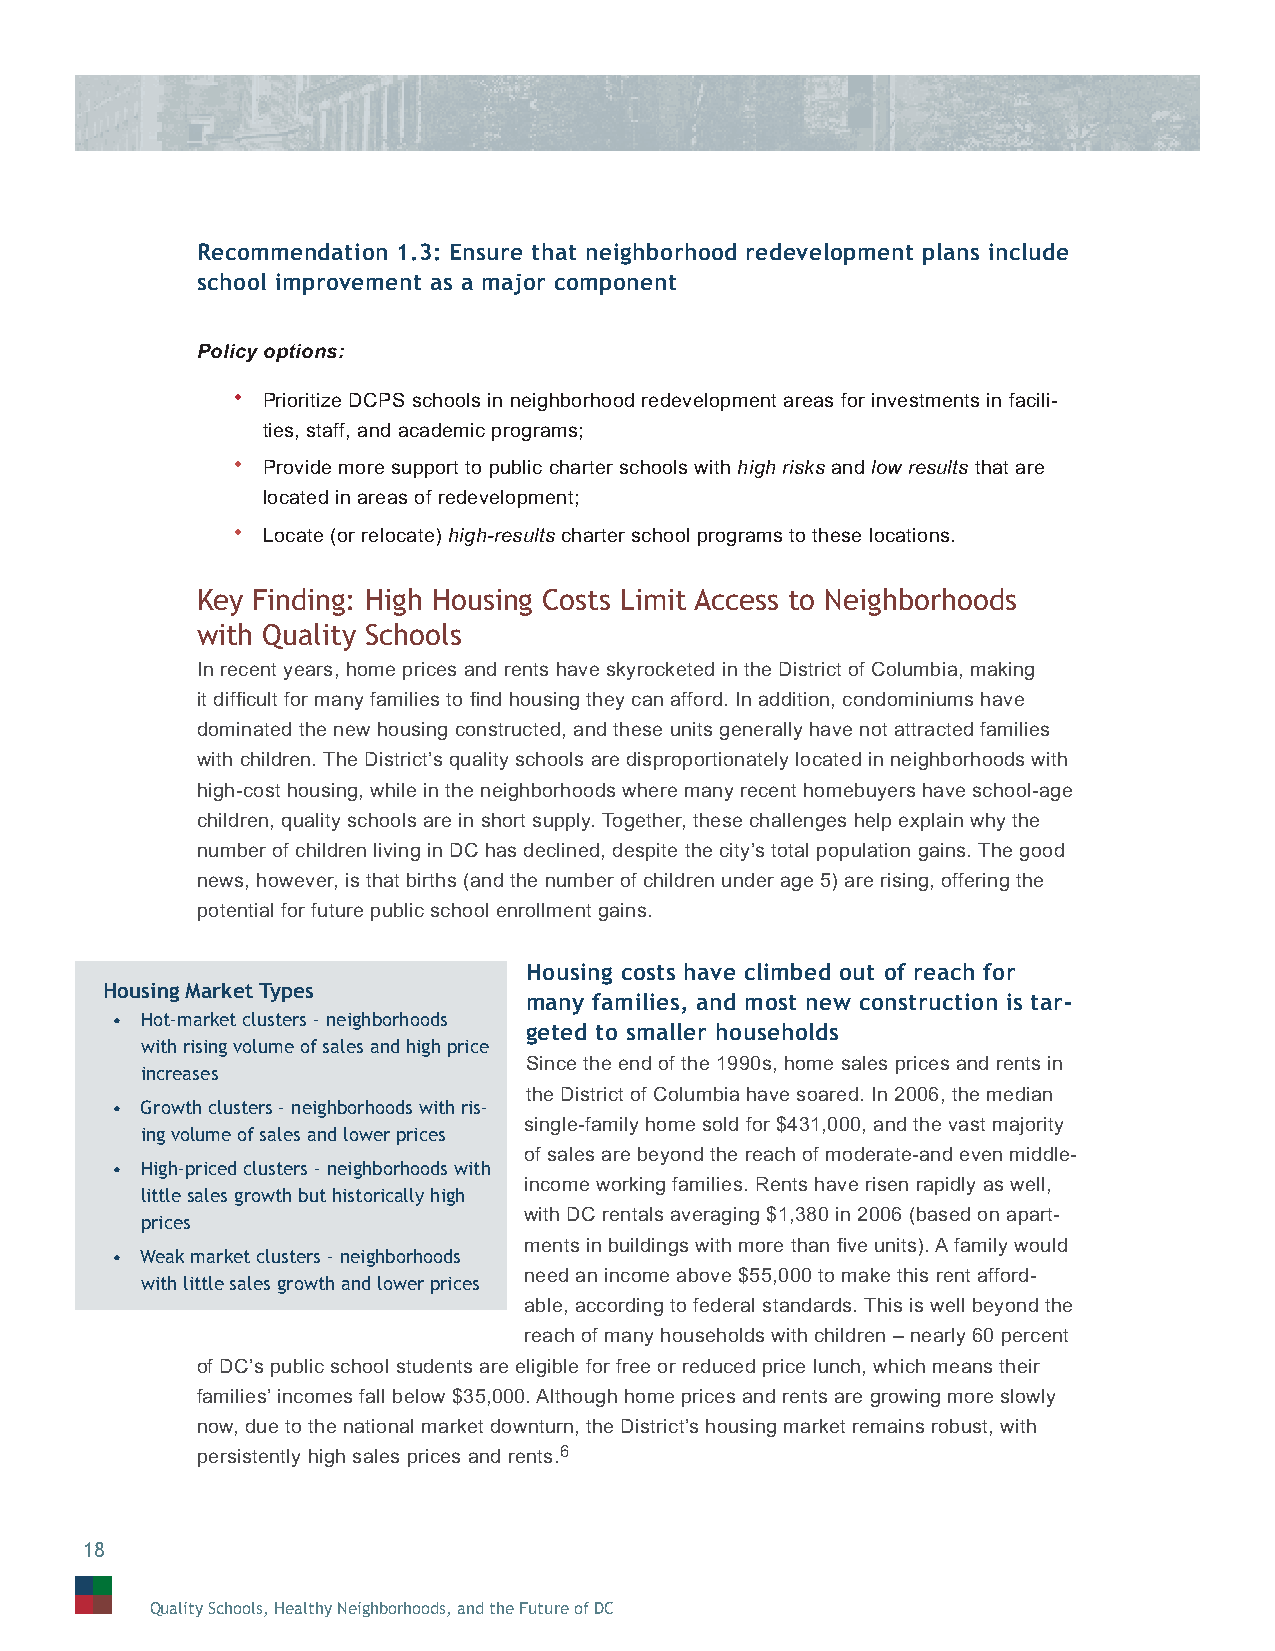
Recommendation 1.3: Ensure that neighborhood redevelopment plans include
 school improvement as a major component
 Policy options:
 • Prioritize DCPS schools in neighborhood redevelopment areas for investments in facili-
 ties, staff, and academic programs;
 • Provide more support to public charter schools with high risks and low results that are
 located in areas of redevelopment;
 • Locate (or relocate) high-results charter school programs to these locations.
 Key Finding: High Housing Costs Limit Access to Neighborhoods
 with Quality Schools
 In recent years, home prices and rents have skyrocketed in the District of Columbia, making
 it diffi cult for many families to fi nd housing they can afford. In addition, condominiums have
 dominated the new housing constructed, and these units generally have not attracted families
 with children. The District’s quality schools are disproportionately located in neighborhoods with
 high-cost housing, while in the neighborhoods where many recent homebuyers have school-age
 children, quality schools are in short supply. Together, these challenges help explain why the
 number of children living in DC has declined, despite the city’s total population gains. The good
 news, however, is that births (and the number of children under age 5) are rising, offering the
 potential for future public school enrollment gains.
 Housing costs have climbed out of reach for
 Housing Market Types
 many families, and most new construction is tar-
 • Hot-market clusters - neighborhoods
 geted to smaller households
 with rising volume of sales and high price
 Since the end of the 1990s, home sales prices and rents in
 increases
 the District of Columbia have soared. In 2006, the median
 • Growth clusters - neighborhoods with ris-
 single-family home sold for $431,000, and the vast majority
 ing volume of sales and lower prices
 of sales are beyond the reach of moderate-and even middle-
 • High-priced clusters - neighborhoods with
 income working families. Rents have risen rapidly as well,
 little sales growth but historically high
 with DC rentals averaging $1,380 in 2006 (based on apart-
 prices
 ments in buildings with more than fi ve units). A family would
 • Weak market clusters - neighborhoods
 need an income above $55,000 to make this rent afford-
 with little sales growth and lower prices
 able, according to federal standards. This is well beyond the
 reach of many households with children – nearly 60 percent
 of DC’s public school students are eligible for free or reduced price lunch, which means their
 families’ incomes fall below $35,000. Although home prices and rents are growing more slowly
 now, due to the national market downturn, the District’s housing market remains robust, with
 persistently high sales prices and rents.6
 18
 Quality Schools, Healthy Neighborhoods, and the Future of DC